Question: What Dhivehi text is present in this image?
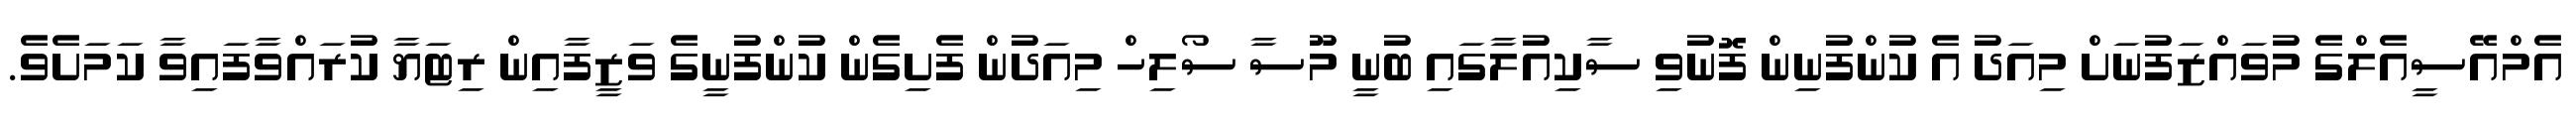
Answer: އެމްއޭސީއެލްގެ މުވައްޒަފުނަށް މިއަދު އެ ކުންފުނިން ފޮނުވި ސާކިއުލާގައި ބުނީ މޫސާ ސޯލިހް މިއަދުން ފެށިގެން ކުންފުނީގެ ވަޒީފާއިން ރިޓަޔާ ކުރައްވާފައިވާ ކަމަށެވެ.